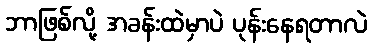
ဘာဖြစ်လို့ အခန်းထဲမှာပဲ ပုန်းနေရတာလဲ